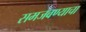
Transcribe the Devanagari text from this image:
समजवण्याचा